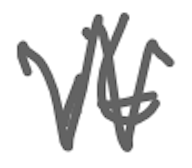
Text: it
Cross-out: mix
Writing tool: digital_gray